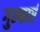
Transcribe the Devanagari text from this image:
गुम्फाएं